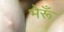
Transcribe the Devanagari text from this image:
भेरूँ